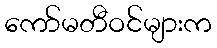
ကော်မတီဝင်များက